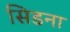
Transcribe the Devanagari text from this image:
सिडना